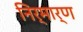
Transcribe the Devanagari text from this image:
निर्मार्ण